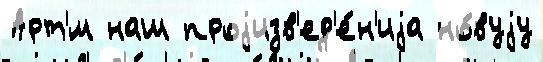
Арт'́м наш проjизв'ед'е́н'иjа но́вуjу